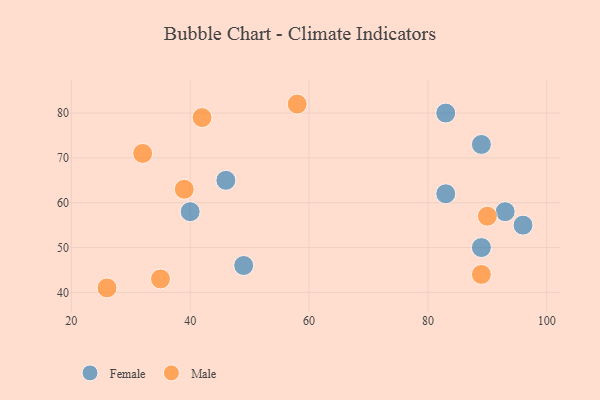
{"axis": {"x": "GDP", "y": "Life Expectancy"}, "legend": ["Female", "Male"], "data": [{"x": "49", "y": 46, "type": "Female"}, {"x": "93", "y": 58, "type": "Female"}, {"x": "46", "y": 65, "type": "Female"}, {"x": "40", "y": 58, "type": "Female"}, {"x": "83", "y": 62, "type": "Female"}, {"x": "89", "y": 73, "type": "Female"}, {"x": "89", "y": 50, "type": "Female"}, {"x": "96", "y": 55, "type": "Female"}, {"x": "83", "y": 80, "type": "Female"}, {"x": "35", "y": 43, "type": "Male"}, {"x": "89", "y": 44, "type": "Male"}, {"x": "39", "y": 63, "type": "Male"}, {"x": "26", "y": 41, "type": "Male"}, {"x": "90", "y": 57, "type": "Male"}, {"x": "32", "y": 71, "type": "Male"}, {"x": "42", "y": 79, "type": "Male"}, {"x": "58", "y": 82, "type": "Male"}]}